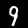
Label: 9